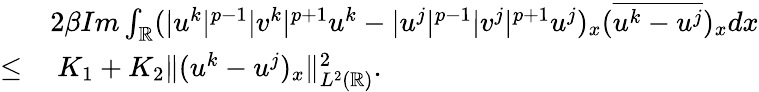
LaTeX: \begin{array}{rl}&{2\beta Im\int_{\mathbb{R}}(|u^{k}|^{p-1}|v^{k}|^{p+1}u^{k}-|u^{j}|^{p-1}|v^{j}|^{p+1}u^{j})_{x}(\overline{{u^{k}-u^{j}}})_{x}dx}\\ {\leq}&{\ K_{1}+K_{2}\| (u^{k}-u^{j})_{x}\| _{L^{2}(\mathbb{R})}^{2}.}\end{array}